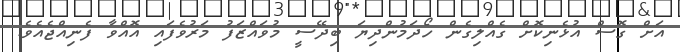
އަށް ގޮސް އުޅެނިކޮށް ގެއްލިގެން ހޯދަމުންދިޔަ ބިދޭސީ މުވައްޒަފު މަރުވެފައި އޮއްވާ ފެނިއްޖެއެވެ.